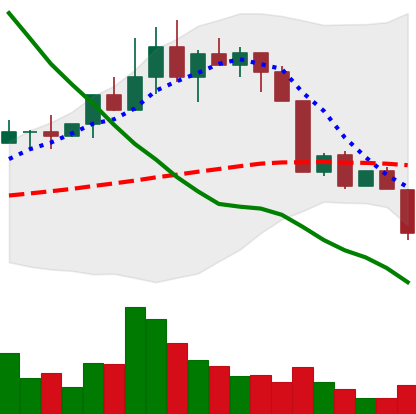
Ticker: NEO-USD
Chart end date: 2022-04-11
Forward return: 9.572%
Label: up_7plus